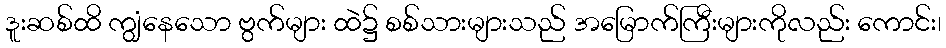
ဒူးဆစ်ထိ ကျွံနေသော ဗွက်များ ထဲ၌ စစ်သားများသည် အမြောက်ကြီးများကိုလည်း ကောင်း၊